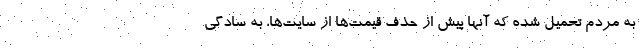
به مردم تحمیل شده که آنها پیش از حذف قیمت‌ها از سایت‌ها، به سادگی